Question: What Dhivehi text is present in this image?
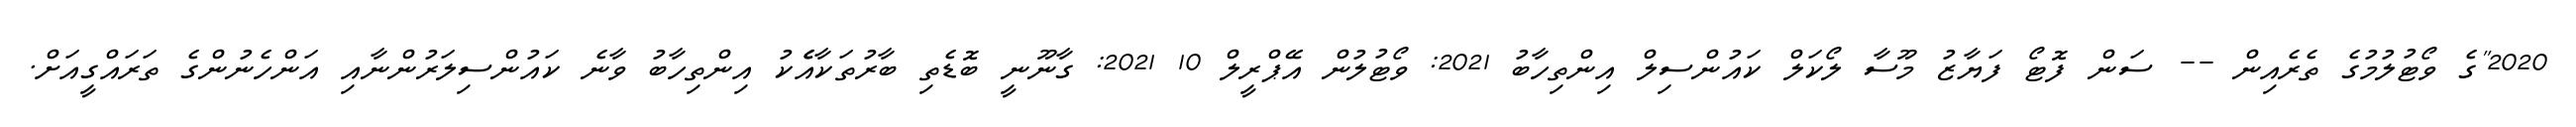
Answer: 2020"ގެ ވޯޓުލުމުގެ ތެރެއިން -- ސަން ފޮޓޯ ފަޔާޒު މޫސާ ލޯކަލް ކައުންސިލް އިންތިހާބު 2021: ވޯޓުލުން އޭޕްރީލް 10 2021: ގާނޫނީ ބޮޑެތި ބާރުތަކާއެެކު އިންތިހާބު ވާނެ ކައުންސިލަރުންނާއި އަންހެނުންގެ ތަރައްގީއަށް.